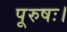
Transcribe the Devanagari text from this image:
पूरुषः।